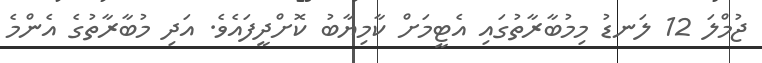
ޖުމްލަ 12 ލަނޑު މިމުބާރާތުގައި އެޓީމަށް ކާމިޔާބު ކޮށްދީފައެވެ. އަދި މުބާރާތުގެ އެންމެ